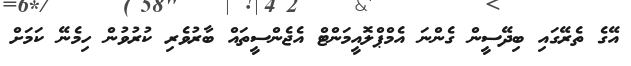
އޭގެ ތެރޭގައި ބިދޭސީން ގެންނަ އެމްޕްލޮއީމަންޓް އެޖެންސީތައް ބާރުވެރި ކުރުވުން ހިމެނޭ ކަމަށް